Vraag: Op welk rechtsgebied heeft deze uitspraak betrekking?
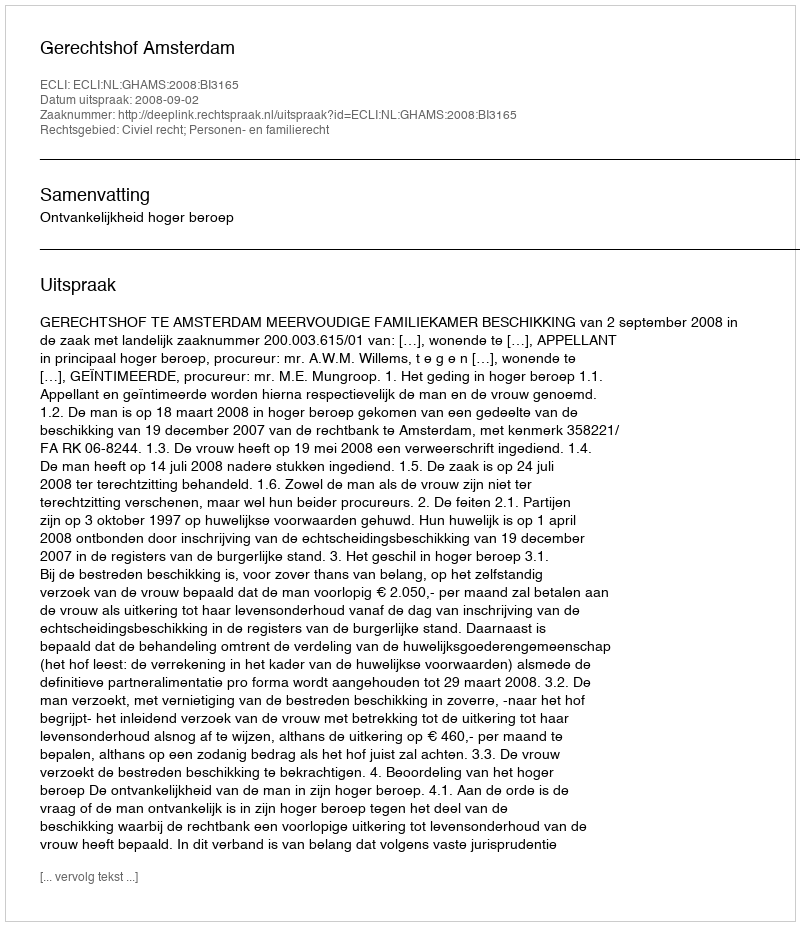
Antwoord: Civiel recht; Personen- en familierecht